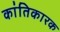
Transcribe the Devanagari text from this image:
कांतिकारक